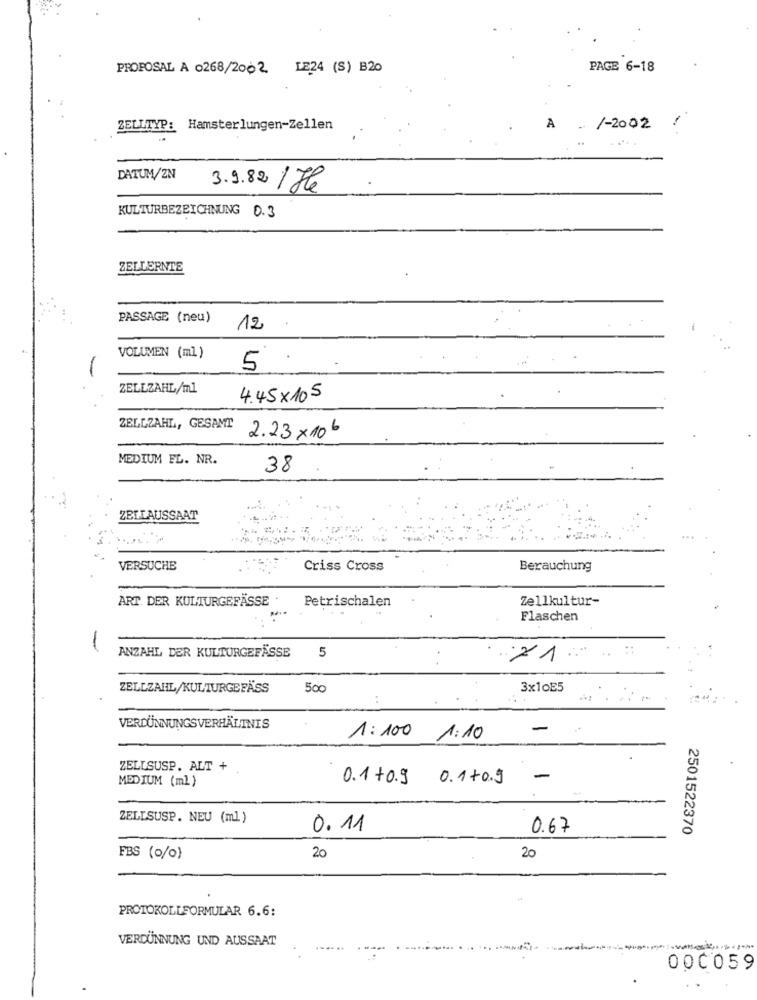
PROPOSAL A 0268/2002 LE24 (S) B20
PAGE 6-18
-
ZELLTYP:
Hamsterlungen-Zellen
A
-/-2002
DATUM/ZN
3.9.82 / The
KULTURBEZEICHNUNG 0.3
ZELLERNTE
PASSAGE (neu)
12
VOLUMEN (ml )
-
5
ZELLZAHL/ml
4.45x 105
ZELLZAHL, GESAMT
2.23 × 10 6
MEDIUM EL. NR.
38
ZELLAUSSAAT
VERSUCHE
Criss Cross
Berauchung
ART. DER KULTURGEFÄSSE
Petrischalen
Zellkultur-
Flaschen
-
ANZAHL DER KULTURGEFÄSSE
5
21
ZELLZAHL/KULTURGEFÄSS
500
3x10E5
VERDÜNNUNGSVERHÄLTNIS
-
1:100 1:10
ZELLSUSP. ALT +
0.1 +0.9 0.1+0.9
-
MEDIUM (ml )
ZELLSUSP. NEU (ml)
0. 11
0.67
2501522370
FBS (o/o)
20
20
PROTOKOLLFORMULAR 6.6:
VERDÜNNUNG UND AUSSAAT
000059